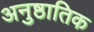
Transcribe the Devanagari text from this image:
अनुष्ठातिक